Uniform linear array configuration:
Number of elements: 32
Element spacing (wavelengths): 0.5
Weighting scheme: blackman
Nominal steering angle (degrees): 30
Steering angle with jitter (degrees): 30.047
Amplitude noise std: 0.05
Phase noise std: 0.05

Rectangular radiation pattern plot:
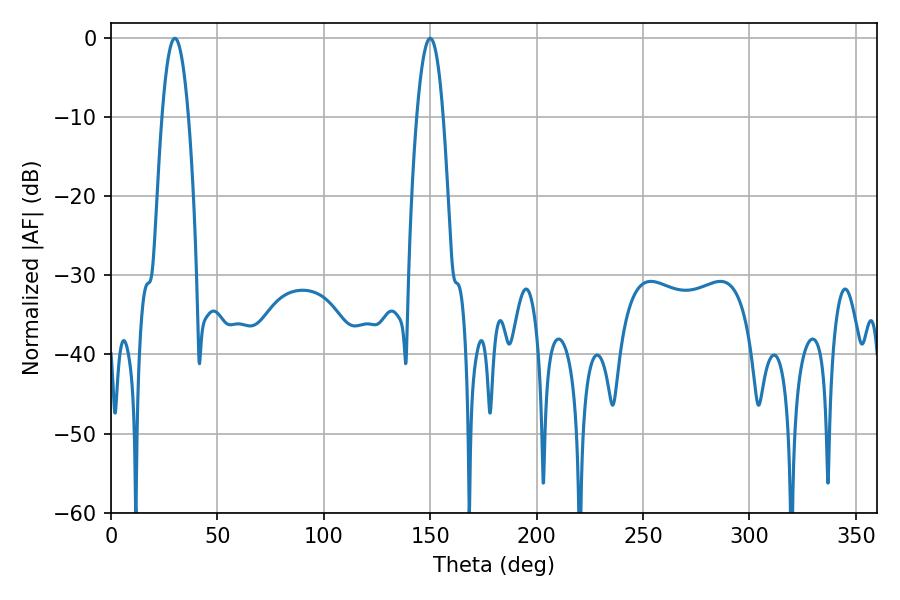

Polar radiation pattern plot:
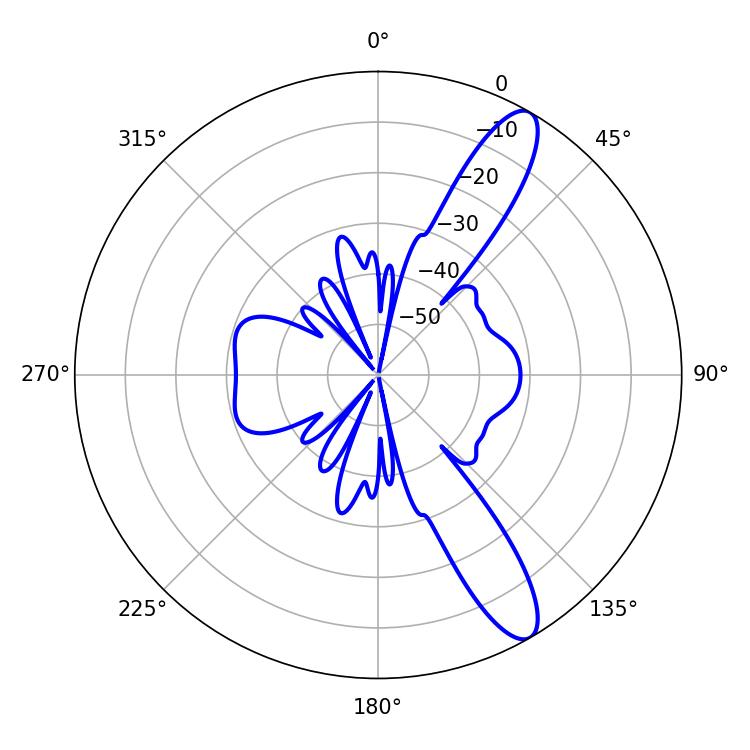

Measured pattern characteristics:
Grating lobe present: FALSE
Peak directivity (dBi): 11.913
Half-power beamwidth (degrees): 6.84
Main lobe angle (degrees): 30.06